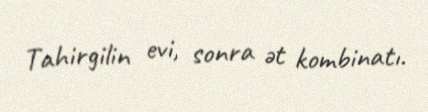
Tahirgilin evi, sonra ət kombinatı.